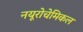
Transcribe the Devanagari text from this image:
नयूरोचेमिकल